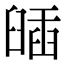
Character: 𦦈